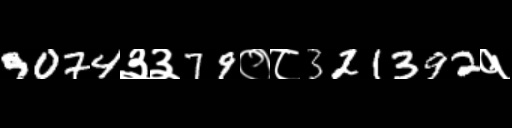
Text: 9074३३79०८321392१